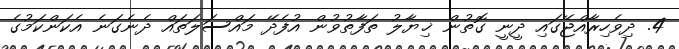
4. ދިވެހިރާއްޖޭގައި ދީނީ ގޮތުން ޚިޔާލު ތަފާތުވުން އުފެދޭ މައްސަލަތައް ދެނެގަނެ އެކަންކަމުގެ